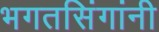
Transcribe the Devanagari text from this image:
भगतसिंगांनी